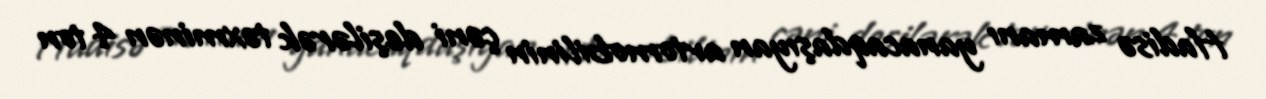
Hadisə zamanı yanacaqdaşıyan avtomobilinin çəni deşilərək təxminən 4 ton